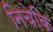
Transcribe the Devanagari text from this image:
निचेकि